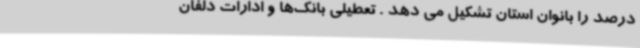
درصد را بانوان استان تشکیل می دهد . تعطیلی بانک‌ها و ادارات دلفان